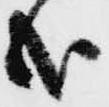
哉